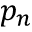
p _ { n }